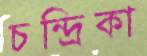
চন্দ্রিকা